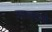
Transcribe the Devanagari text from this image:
जालवले